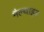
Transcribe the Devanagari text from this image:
मैल्थाइड